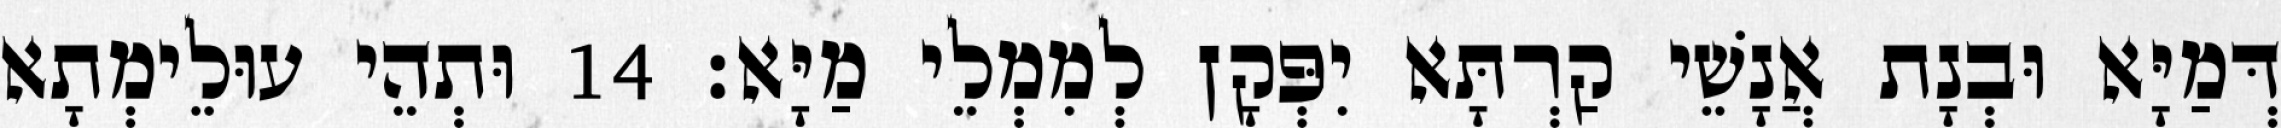
דְּמַיָּא וּבְנָת אֲנָשֵׁי קַרְתָּא יִפְּקָן לְמִמְלֵי מַיָּא׃ 14 וּתְהֵי עוּלֵימְתָא